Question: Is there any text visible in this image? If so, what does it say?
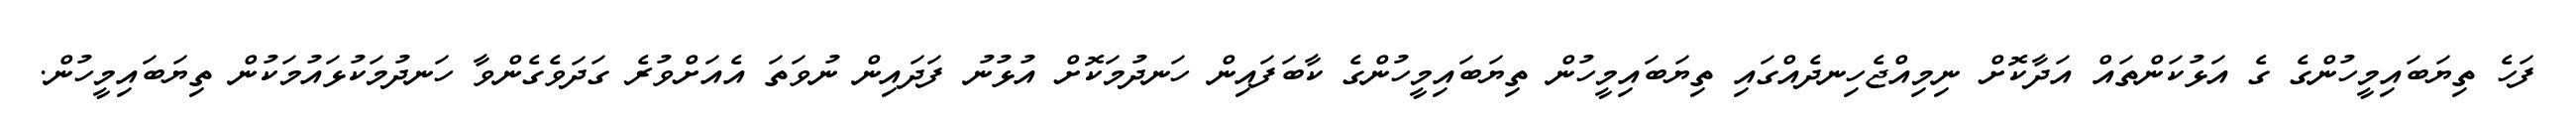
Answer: ފަހެ ތިޔަބައިމީހުންގެ ގެ އަޅުކަންތައް އަދާކޮށް ނިމިއްޖެހިނދެއްގައި ތިޔަބައިމީހުން ތިޔަބައިމީހުންގެ ކާބަފައިން ހަނދުމަކޮށް އުޅުނު ފަދައިން ނުވަތަ އެއަށްވުރެ ގަދަވެގެންވާ ހަނދުމަކުޅައުމަކުން ތިޔަބައިމީހުން.